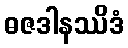
ဓဇဒါနဿိဒံ